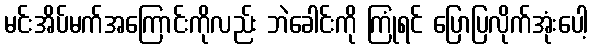
မင်းအိပ်မက်အကြောင်းကိုလည်း ဘဲခေါင်းကို ကြုံရင် ပြောပြလိုက်အုံးပေါ့